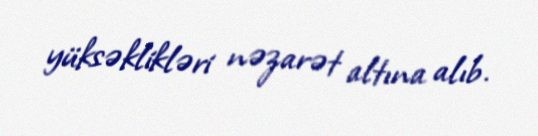
yüksəklikləri nəzarət altına alıb.